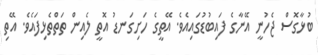
ބުޅާގޮސް ޖެހުނީ އޭނާގެ ފައިބުޑުގައިއެވެ. އޭތީގެ ހަށިގަނޑު އޮތީ ލެއިން ތަތްތެޅިފައެވެ. އޭތި